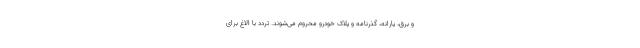
و برق، یارانه، گذرنامه و پلاک خودرو محروم می‌شوند. تردد با الاغ برای